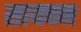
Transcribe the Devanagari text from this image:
सायवन